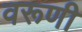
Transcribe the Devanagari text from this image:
वरूणी